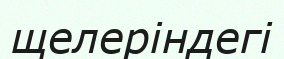
щелеріндегі